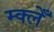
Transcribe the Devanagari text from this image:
म्क्लेँ